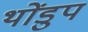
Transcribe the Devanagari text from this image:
थोंडुप